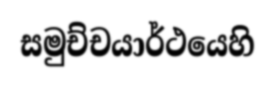
සමුච්චයාර්ථයෙහි